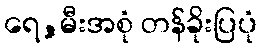
ရေ,မီးအစုံ တန်ခိုးပြပုံ